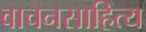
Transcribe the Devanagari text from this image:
वाचनसाहित्य